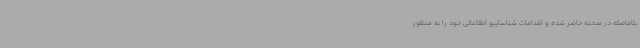
بلافاصله در صحنه حاضر شده و اقدامات شناساییو اطلاعاتی خود را به منظور